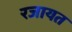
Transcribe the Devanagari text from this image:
रजायत